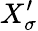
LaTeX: X_{\sigma}^{\prime}